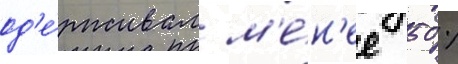
од'е́рживал м'е́н'ее 50 %